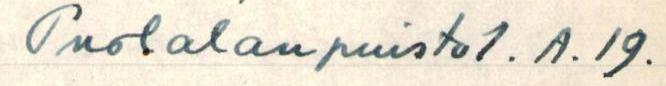
Puolalanpuisto1.A.19.